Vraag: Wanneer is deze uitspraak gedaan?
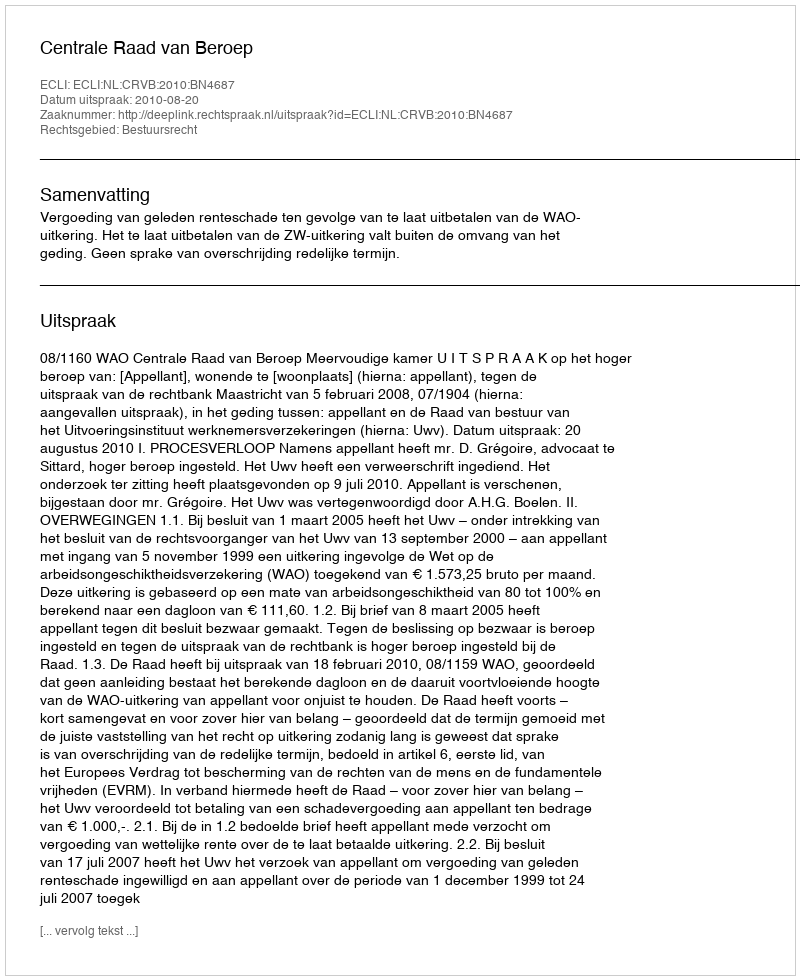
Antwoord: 2010-08-20